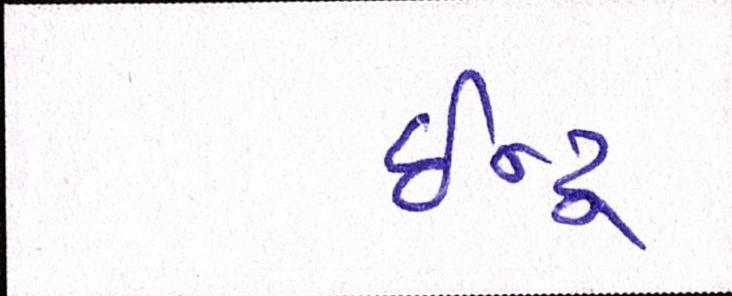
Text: ઈન્દ્ર